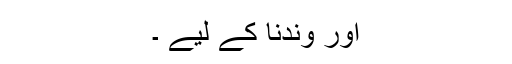
اور وندنا کے لیے ۔